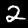
Digit: 2